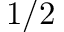
1 / 2